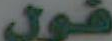
فول